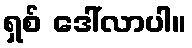
ရှစ် ဒေါ်လာပါ။